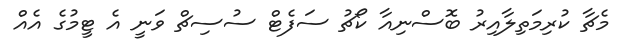
މެޗާ ކުރިމަތިލާއިރު ބޮސްނިއާ ކޯޗު ސަފެޓް ސުސިޗް ވަނީ އެ ޓީމުގެ އެއް